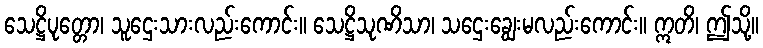
သေဋ္ဌိပုတ္တော၊ သူဌေးသားလည်းကောင်း။ သေဋ္ဌိသုဏိသာ၊ သဌေးချွေးမလည်းကောင်း။ ဣတိ၊ ဤသို့။